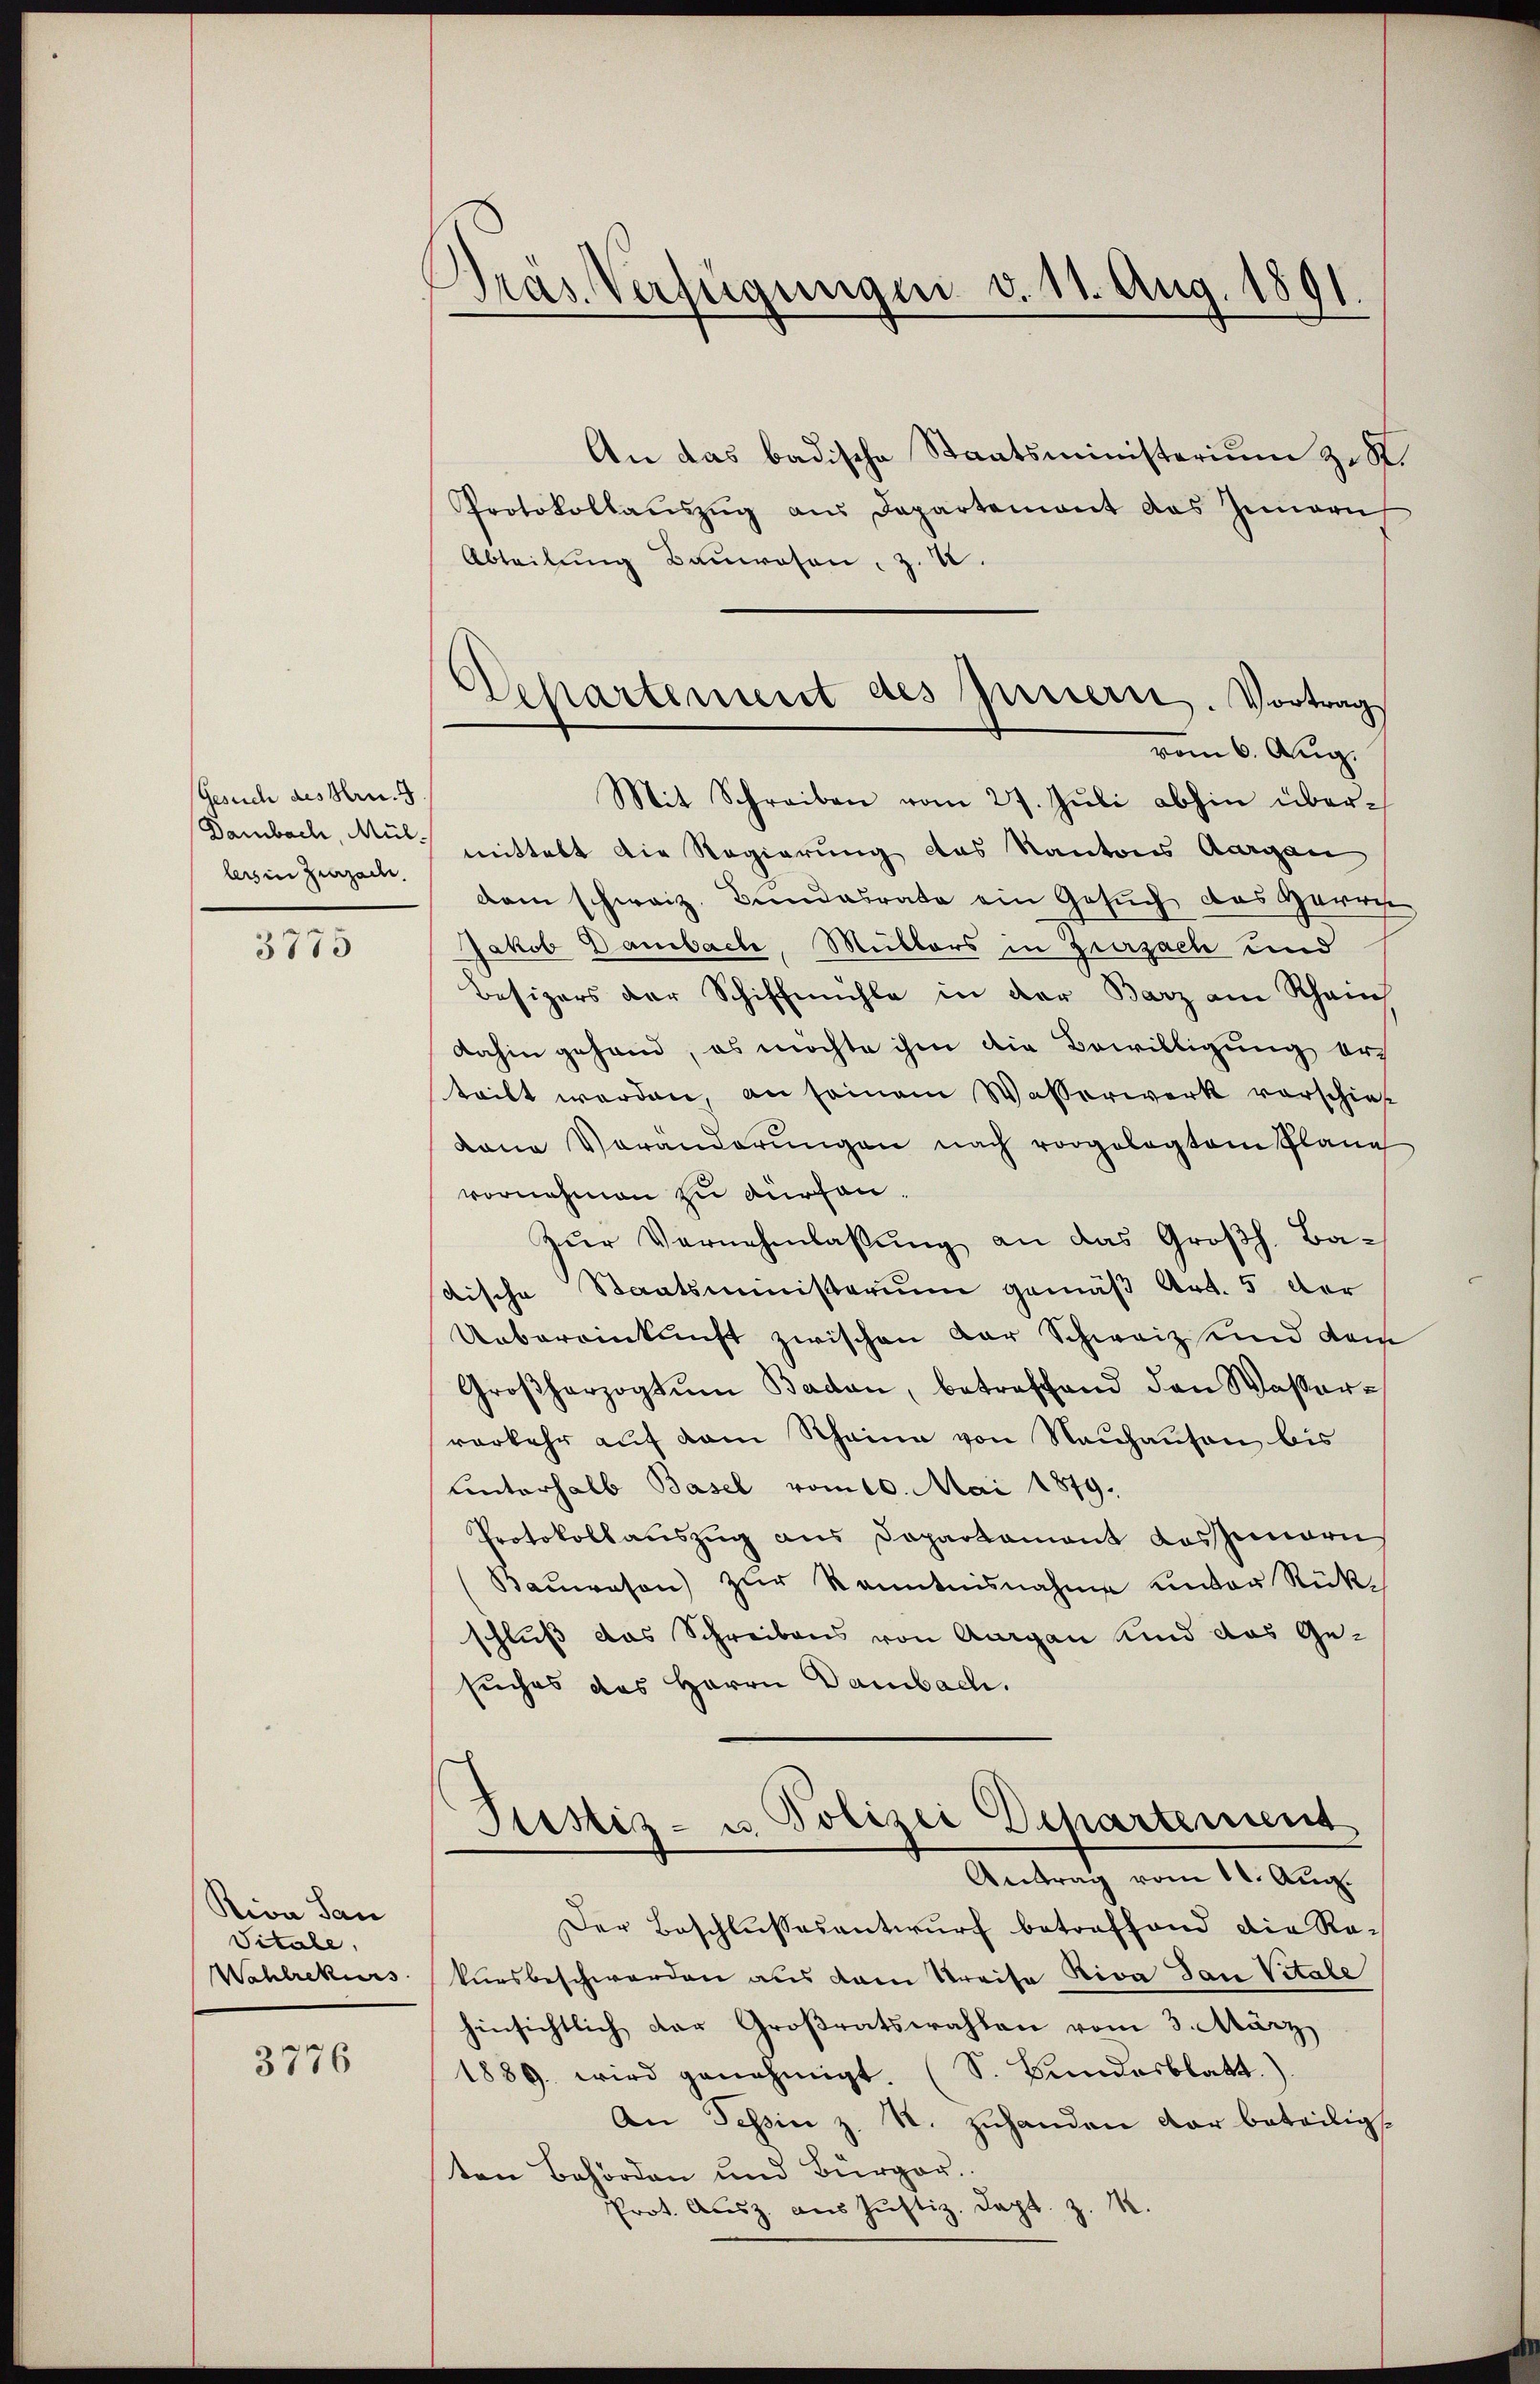
Gesuch des Hrn.
lers in Zurzache.

3775

Riva San
Titale.
Wahlrekurs

3776

Pras Verfügungen d. 11. Aug. 1891

An das badische Staatsministerium zu K
Protokollaŭszŭg aŭs Departement das Inneris
Abteilung Bauwesen, z. 4.
vom 6. Aug.
Mit Schreiben vom 27. Jŭli abhin über¬
Sambach, Mut mittelt die Regierung des Kantons Aargau
dam schweiz. Bundesrate ein Gesuch das Herrn
Jakob Dambache, Müllers in Zurzach und
Besizers der Schiffmühle in der Barz am Rhein
dahin gehand, es möchte ihm die Bewilligung ers
teilt werden, an seinem Wasserwerk vorschief
kane Veränderŭngen nach vorgelegtem Plane
vornehmen zu dürfen.
Zŭr Vernehmlassung an das Großh. Ba-
tische Staatsministerium gemäß Art. 5 der
Uebereinkunft zwischen Dar Schweiz und dem
Großherzogtŭm Baden, betreffend den Wasser-
verkehr aŭf dem Rheine von Neuhausen bis
unterhalb Basel vom 10. Mai 1879.
Protokollauszug aus Sapartament Kassimaris
(Baŭwesen zŭr Kenntnisnahme unter Rückschluß das Schreibens von Aargau Kind das Ge-
suches das Herrn Dambach.
Sistiz- u. Polizei Departement
Antrag vom 11. Aug.
Der Beschlußes antwurf betreffend die Re-
kursbeschwerden aus dem Kreise Riva San Vitale
hinsichtlich der Großratswahlen vom 3. März
1889. wird genehmigt. (S. Bundesblatt.).
An Tessin z. R. zuhanden dar beteiligt.
ten Behörden und Bürger.
Prot. Ausz. aus Justiz. Sept. z. M.

Departement des Innern. Vortrags